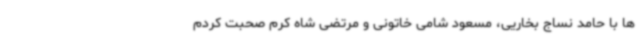
ها با حامد نساج بخاریی، مسعود شامی خاتونی و مرتضی شاه کرم صحبت کردم